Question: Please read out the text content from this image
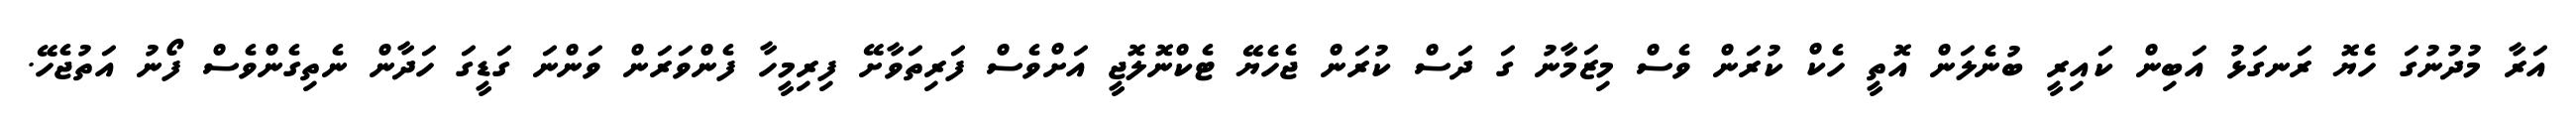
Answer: އަރާ މުދުނުގަ ހެޔޮ ރަނގަޅު އަބިން ކައިރީ ބުނެލަން އޮތީ ހެކް ކުރަން ވެސް މިޒަމާނު ގަ ދަސް ކުރަން ޖެހެޔޭ ޓެކްނޮލޮޖީ އަށްވެސް ފަރިތަވާށޭ ފިރިމީހާ ފެންވަރަން ވަންނަ ގަޑީގަ ހަދާން ނެތިގެންވެސް ފޯނު އަތުޖެހޭ.